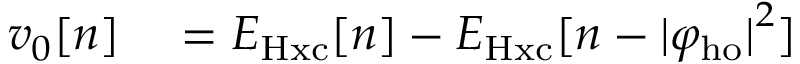
\begin{array} { r l } { v _ { 0 } [ n ] } & { { } = E _ { \mathrm { H x c } } [ n ] - E _ { \mathrm { H x c } } [ n - { | \varphi _ { \mathrm { h o } } | } ^ { 2 } ] } \end{array}